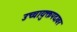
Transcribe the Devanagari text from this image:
उच्चायुक्तपदावर